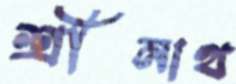
শ্রীনাথ